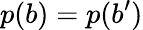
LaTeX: p(b)=p(b^{\prime})